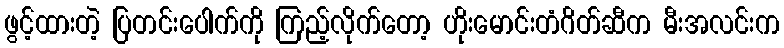
ဖွင့်ထားတဲ့ ပြတင်းပေါက်ကို ကြည့်လိုက်တော့ ဟိုးမောင်းတံဂိတ်ဆီက မီးအလင်းက